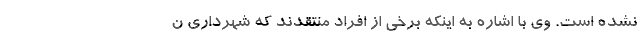
نشده است. وی با اشاره به اینکه برخی از افراد منتقدند که شهرداری ن